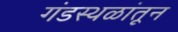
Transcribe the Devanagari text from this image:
गंडस्थळांतून